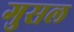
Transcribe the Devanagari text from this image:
गुसल